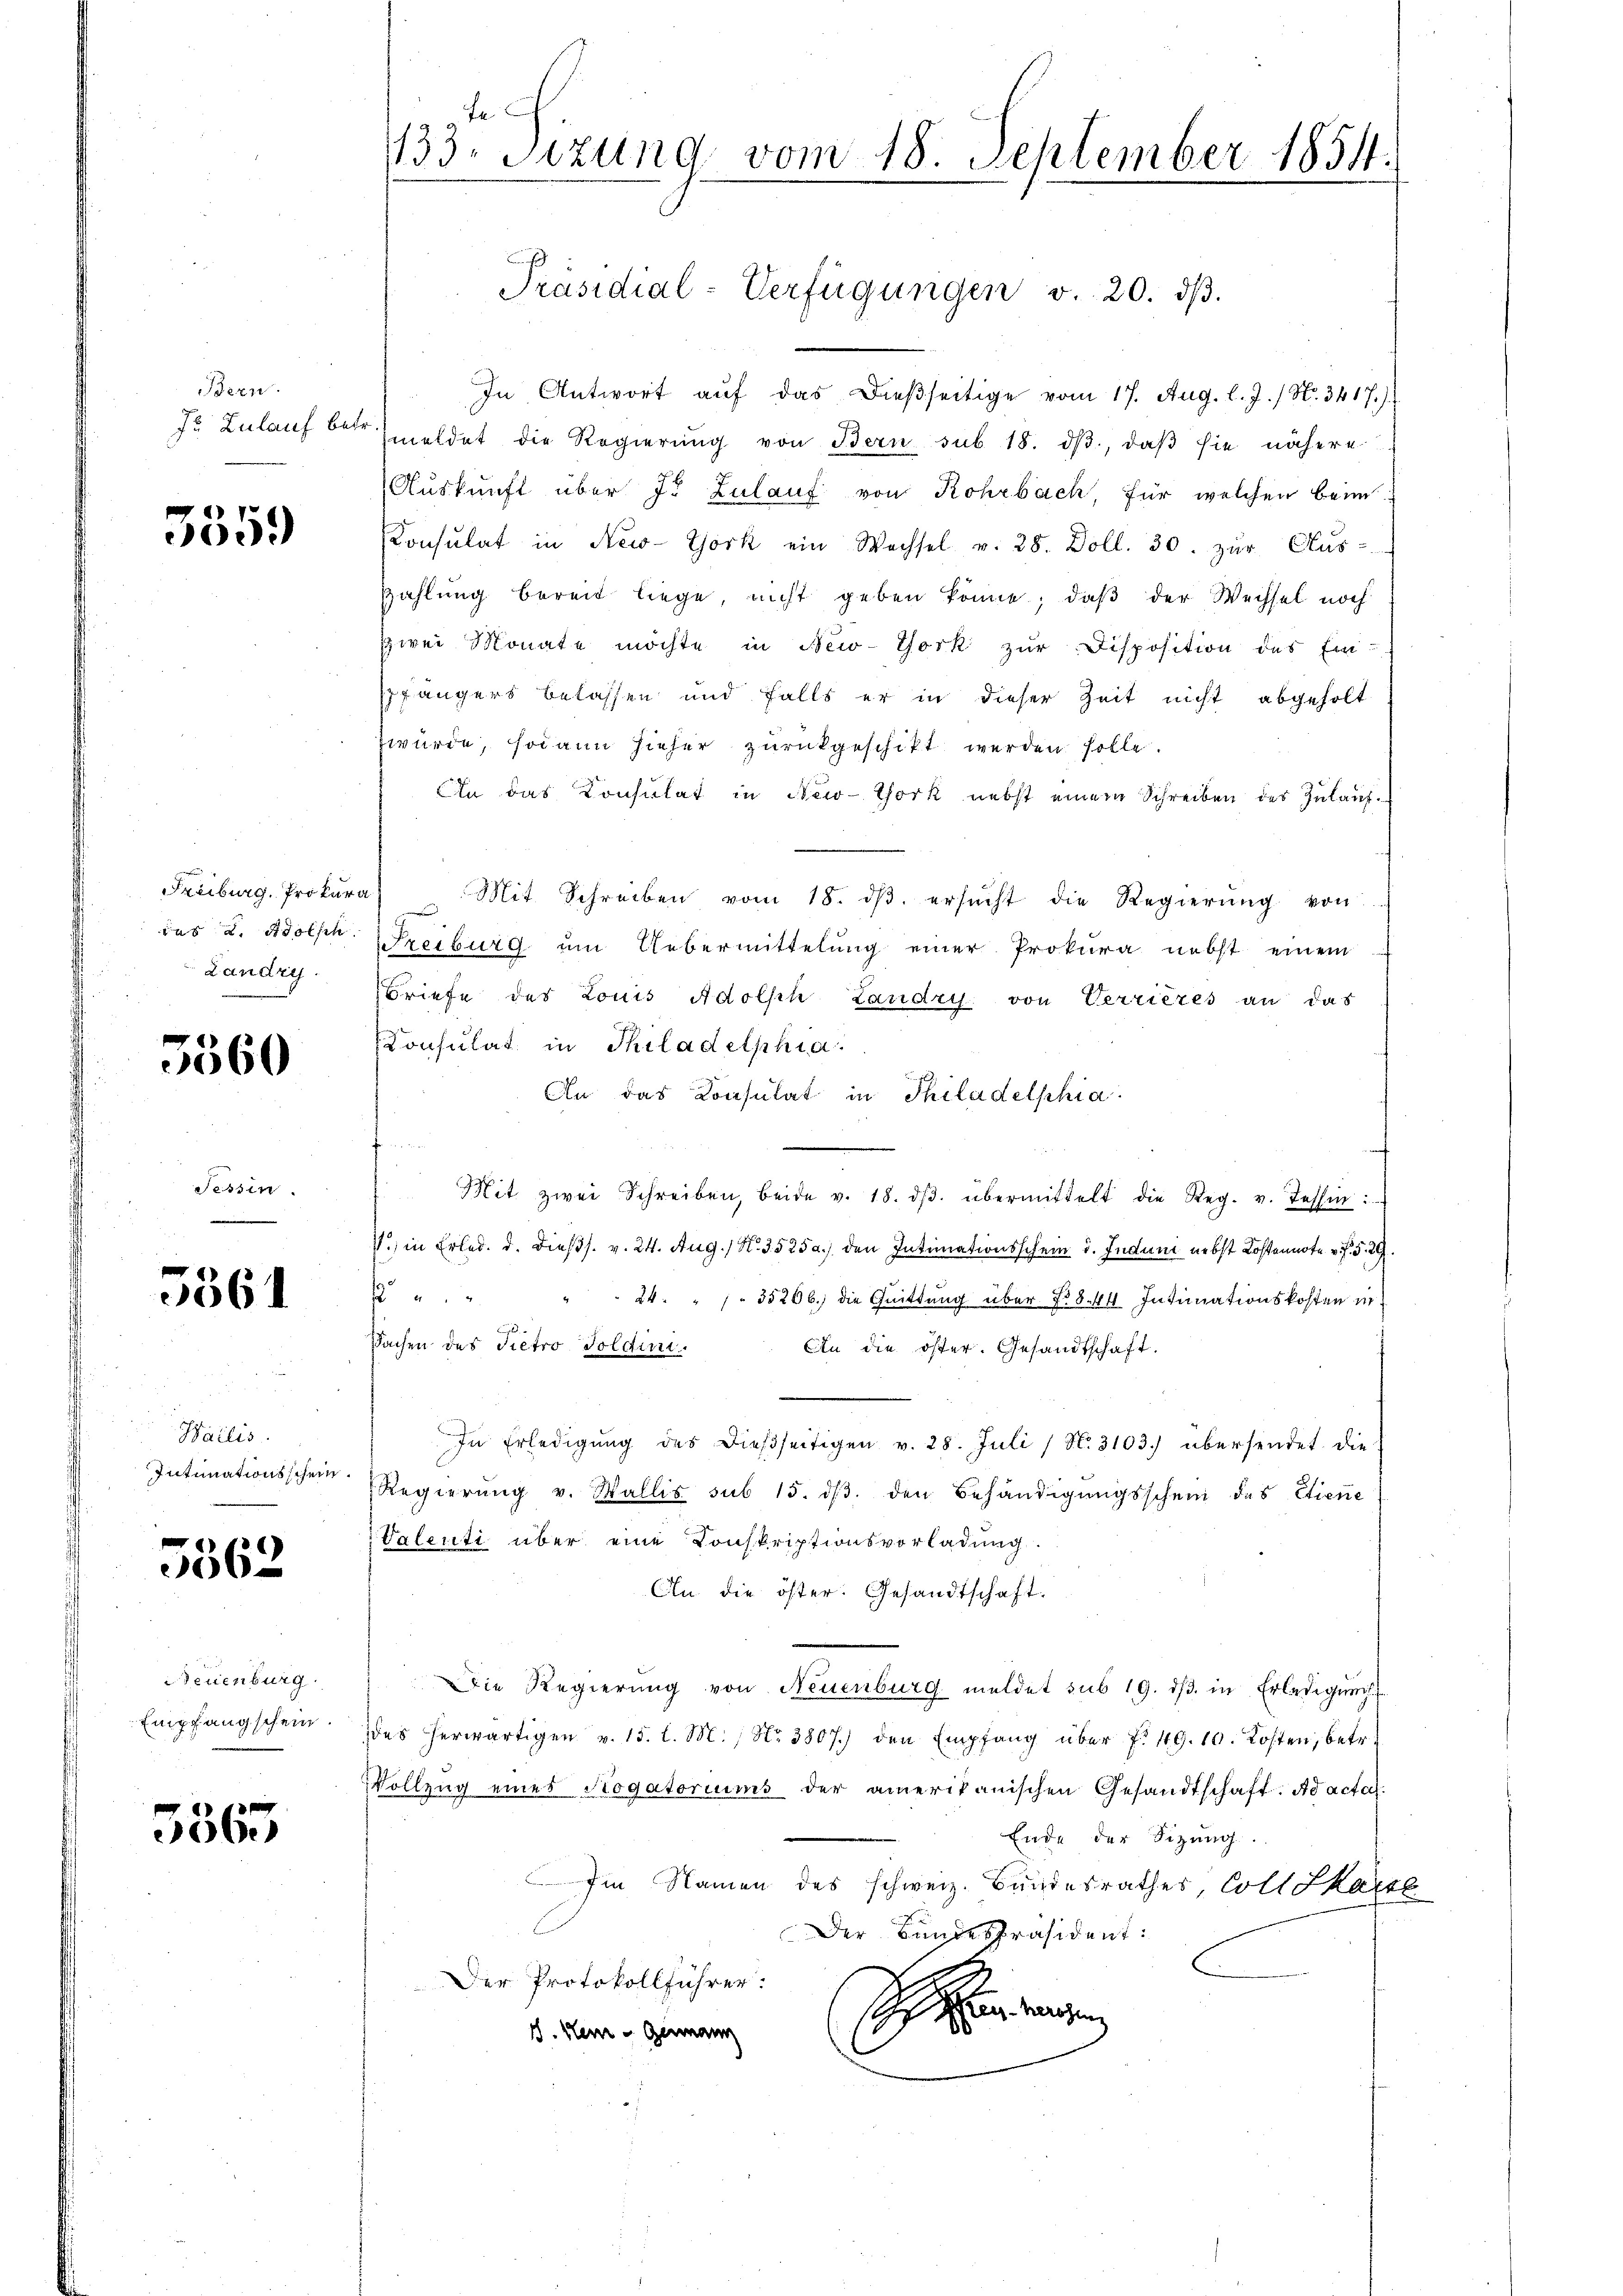
Bern.
fr. Zulauf betr.

3559

das A. Adolsch
Landry.

5560

Fessen.
e

5561

Hailis.
Intimationsschein.

5562

Neuenburg
Empfangschein.

5563

fe
133. Sitzung vom 18. September 1854.

Präsidial-Verfügungen v. 20. dβ.

In Antwort aŭf das dießseitige vom 17. Aug. l. J. / No. 3417.)
meldet die Regierung von Bern sub 18. dβ, daß sie nähere
Auskunft über J. Zulauf von Rohrbach, für welchen beim
Konsulat in New-York ein Wechsel v. 28. Doll. 30. zur Aus-
Zahlung bereit liege, nicht geben könne; daß der Wechsel noch
zwei Monate möchte in New-York zur Disposition des Ein-
spfängers belassen und falls er in dieser Zeit nicht abgeholt
zwürde, sodann hieher zurückgeschikt werden solle.
An das Konsulat in New-York nebst einem Schreiben der Zulauf¬
Freiburg. Prokura) Mit Schreiben vom 18. dβ. ersŭcht die Regierŭng von
Freiburg um Uebermittelung einer Prokura nebst einem
Briefe des Louis Adolsch Landry von Verrieres an das
Consulat in Philadelphia
An das Consulat in Thiladelphia
 Mit zwei Schreiben, beide v. 18. dβ übermittelt die Reg. v. Tessin:
1.) in Erled. d. dießs. v. 24. Aug. / N. 3525a.) den Intimationsschein u. Induni nebst Kostennote v. J. §. 29.

 24. " " " 35206; die Quittung über 1844 Intimationskosten in
Sachen des Pietro Soldini. An die öster. Gesandtschaft.
In Erledigŭng des dießseitigen v. 28. Juli / N. 3103) übersendet die
Regierŭng v. Wallis sub 15. dβ den Behändigŭngsschein des Etiene
Valenti über eine Konskriptionsvorladung.
An die öster. Gesandtschaft.
Die Regierung von Neuenburg meldet sub 19. dβ in Erledigung
ddes herwärtigen v. 15. l. M. Nr. 3807) den Empfang über f. 49. 10. Kosten, betr.
Vollzug eines Rogatoriums der amerikanischen Gesandtschaft. Ad acta.
Ende der Sitzung.
Im Namen des schweiz. Bundesrathes, Coll Skanzl
Der Bundespräsident:
Der Protokollführer:
H
hin ange
J. Kein - Genann